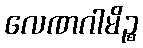
လေဏဂါမိဉ္စ